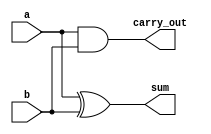
//to be used for full adder 
module my_half_adder(
	input a, 
	input b,
	output sum,
	output carry_out
);

xor sum_of_digits(sum, a, b);
and carry_of_sum(carry_out, a, b);

endmodule